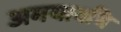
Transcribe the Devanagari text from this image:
अमयावधि